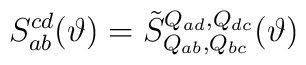
S_{ab}^{cd}(\vartheta )={\tilde S}_{Q_{ab},Q_{bc}}^{Q_{ad},Q_{dc}}(\vartheta )